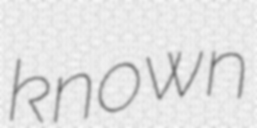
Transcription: known